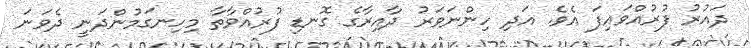
ދައުރު ފުރުއްވައިފަ އެވެ. އަދި ހިންނަވަރު ދާއިރާގެ ގޮނޑި ފުރުއްވާތާ މިހިނގަމުންދަނީ ދެވަނަ